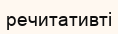
речитативті